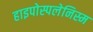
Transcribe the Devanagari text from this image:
हाइपोस्पलेनिस्म